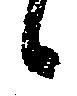
候